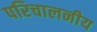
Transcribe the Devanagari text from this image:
परिचालनीय